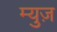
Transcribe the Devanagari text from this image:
म्युज़